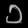
Digit: ၁